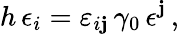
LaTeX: h\, \epsilon_{i}=\varepsilon_{i\mathbf{j}}\, \gamma_{0}\, \epsilon^{\mathbf{j}}\, ,